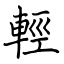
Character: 輕